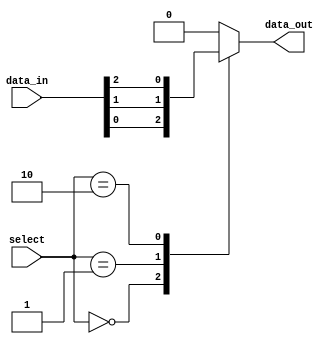
module mux_32to1 (
    input [31:0] data_in,
    input [4:0] select,
    output reg data_out
);

always @(*) begin
    case (select)
        5'b00000: data_out = data_in[0];
        5'b00001: data_out = data_in[1];
        5'b00010: data_out = data_in[2];
        // add cases for all 32 input data lines
        default: data_out = 0; // default case for invalid select signal
    endcase
end

endmodule